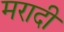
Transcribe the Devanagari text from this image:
मरादी